Report on sanitation, dispensaries, and jails in Rajputana for 1915, and on vaccination for the year 1915-1916 - 1915-1916
Year: 1915
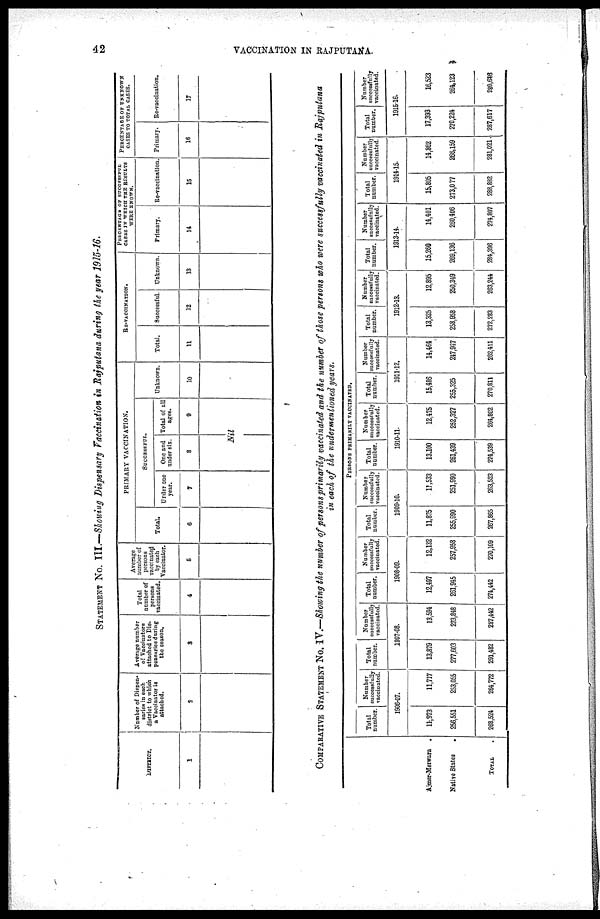
42
VACCINATION IN RAJPUTANA.
STATEMENT No. III.—Showing Dispensary vaccination in Rajputana during the year 1915-16.
DISTRICT.
1
Number of Dispen-
saries in each
district to which
a Vaccinator is
attached.
2
Average number
of Vaccinators
attached to Dis¬
pensaries during
the season.
3
Total
number of
persons
vaccinated.
4
Average
number of
persons
vaccinated
by each
Vaccinator.
5
PRIMARY VACCINATION.
Total.
6
SUCCESSFUL.
Under one
year.
7
One and
under six.
8
Total of all
ages.
9
Nil
Unknown.
10
RE-VACCINATION.
Total.
11
Successful.
12
Unknown.
13
PERCENTAGE OF SUCCESSFUL
CASES IN WHICH THE RESULTS
WERE KNOWN.
Primary.
14
Re-vaccination.
15
PERCENTAGE OF UNKNOWN
CASES TO TOTAL CASES.
Primary.
16
Re-vaccination.
17
COMPARATIVE STATEMENT No. IV.—Showing the number of persons primarily vaccinated and the number of those persons who were successfully vaccinated in Rajputana
in each of the undermentioned years.
Ajmer-Merwara
.
Native States
.
TOTAL .
PERSONS PRIMARILY VACCINATED.
Total
number.
Number
successfully
vaccinated.
1906-07.
11,973
256,551
268,524
11,717
253,055
264,772
Total
number.
Number
successfully
vaccinated.
1907-08.
13,879
277,603
291,482
13,594
273,848
287,442
Total
number.
Number
successfully
vaccinated.
1908-09.
12,497
261,945
274,442
12,132
257,958
270,109
Total
number.
Number
successfully
vaccinated.
1909-10.
11,875
255,990
267,865
11,533
251,990
263,523
Total
number.
Number
successfully
vaccinated.
1910-11.
13100
261,439
274,539
12,475
252,327
264,802
Total
number.
Number
successfully
vaccinated.
1911-12.
15,486
255,325
270,811
14,464
247,947
262,411
Total
number.
Number
successfully
vaccinated.
1912-13.
13,325
258,958
272,283
12,895
250,349
263,244
Total
number.
Number
successfully
vaccinated.
1913-14.
15,260
269,136
284,396
14,401
260,406
274,807
Total
number.
Number
successfully
vaccinated.
1914-15.
15,805
273,077
288,882
14,862
266,159
281,021
Total
number.
Number
successfully
vaccinated.
1915-16.
17,393
270,224
287,617
16,523
264,123
280,646